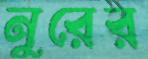
নুরের